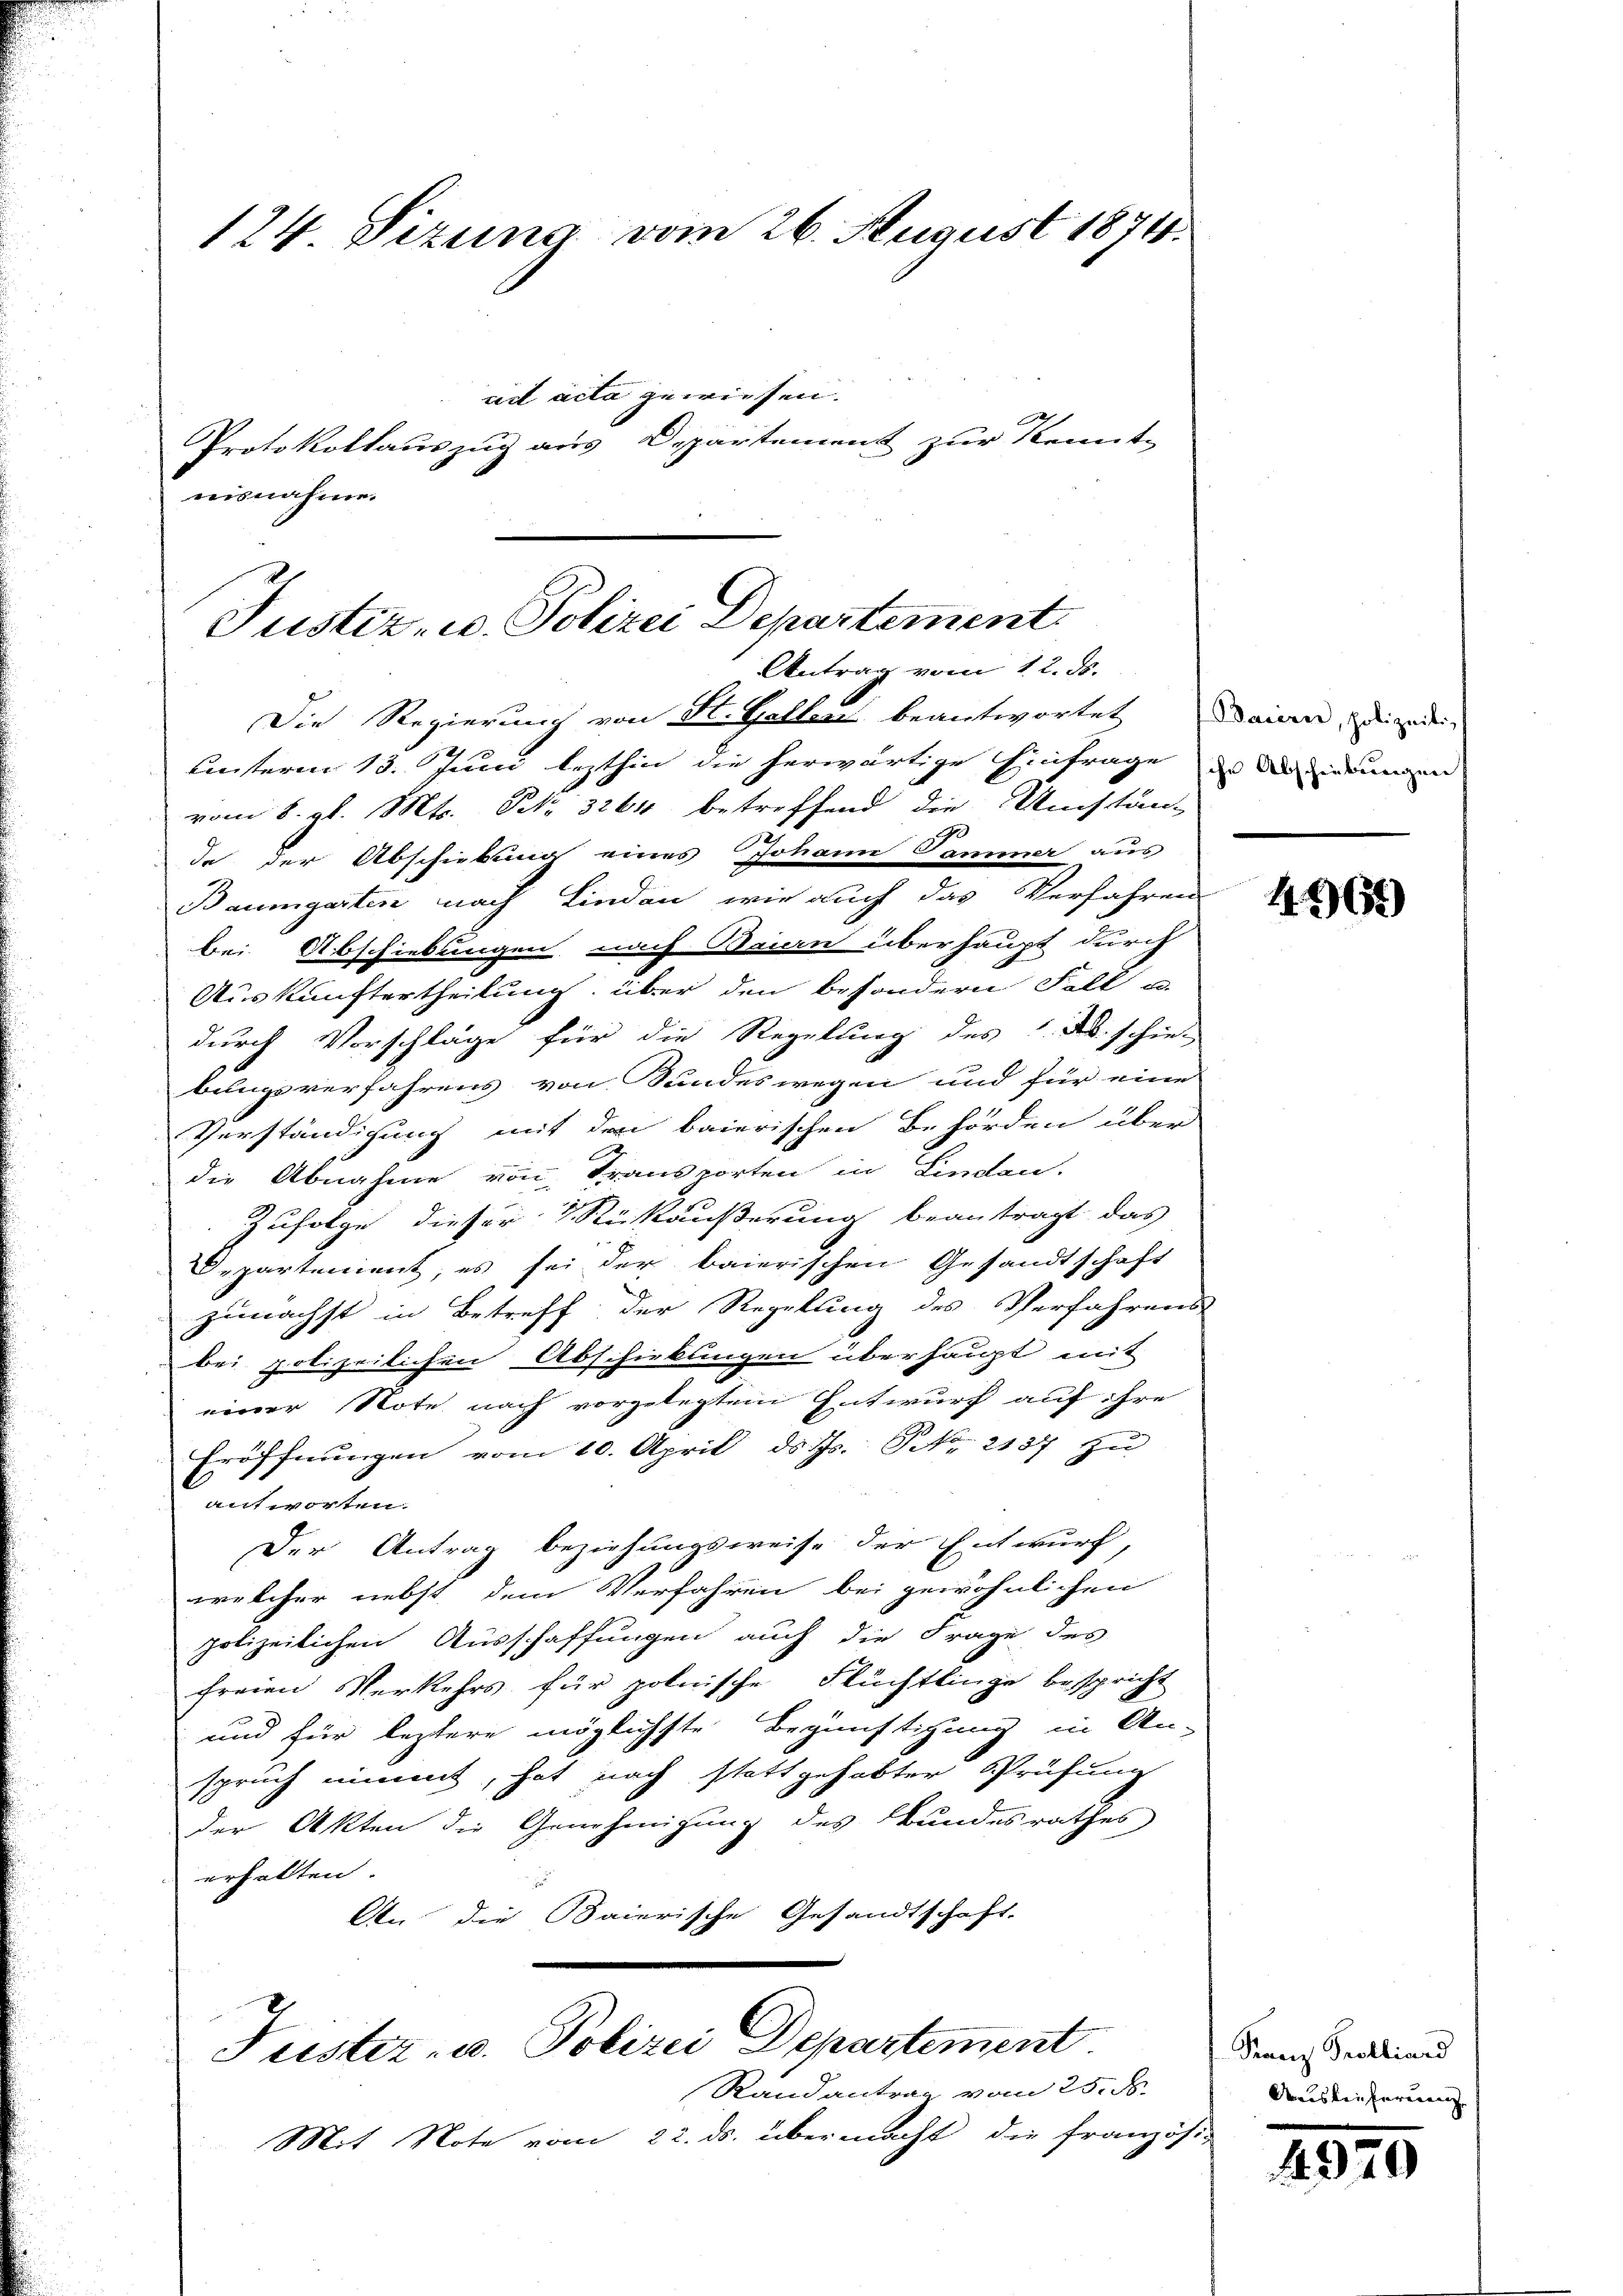
124 Sizung vom 26. August 1874.
ud acta gewiesen.
Protokollauszug aus Departement zur Kennt-
ausnahme.

Justiz- u. Polizei Departement
Antrag vom 12. ds.

Die Regierung von St. Galler beantwortet
unsterm 13. Juni lezthin die herwärtige Einfrage des Regierungen
vom 8. gl. Mts. Nr. 3264 betreffend die Umstän-
de der Abschiebung eines Johann Tammer aus
Baumgarten nach Linden, wie auch das Verfahren
bei Abschiebungen nach Bauern überhaupt durch
Auskunftertheilung über den besondern Fall u.
durch Vorschläge für die Regelung des 1. ds. schie-
bungsverfahrens von Sundeswegen und für eine
Verständigung mit den baierischen Behörden über
die Abnahme von Transporten in Lindau.
Zufolge dieser Rückäußerung beantragt das
Departement, es sei der baierischen Gesandtschaft
zunächst in Betreff der Regelung des Verfahrens
bei polizeilichen Abschiebungen überhaupt mit
einer Note nach vorgelegten Entwurf auf ihre
Eröffnŭngen vom 10. April d. Js. No. 2137 zu
antworten.
Der Antrag beziehungsweise der Entwurf,
welcher nebst dem Verfahren bei gewöhnlichen
polizeilichen Ausschaffungen auch die Frage des
freien Verkehrs für polnische Flüchtlinge bespricht
und für leztere möglichste Begünstigung in An-
spruch nimmt, hat nach stattgehabter Prüfung
der Akten die Genehmigung des Bundesrathes
erhalten

An die Baierische Gesandtschaft.

Tuster- u. Polizei Departement

Randantrag vom 25. d.
Mit Note vom 22. ds. übermacht, die französi-

Baierer, polizeit,

4964)

Franz Probliard
Aiskenferenunz

4970